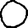
Digit: 0